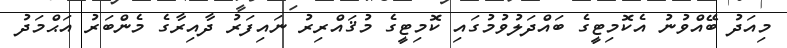
މިއަދު ބޭއްވުނު އެކޮމިޓީގެ ބައްދަލުވުމުގައި ކޮމިޓީގެ މުޤައްރިރު ނައިފަރު ދާއިރާގެ މެންބަރު އަޙްމަދު